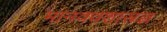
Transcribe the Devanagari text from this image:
मानववंशास्त्रज्ञ